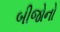
બીજોનો